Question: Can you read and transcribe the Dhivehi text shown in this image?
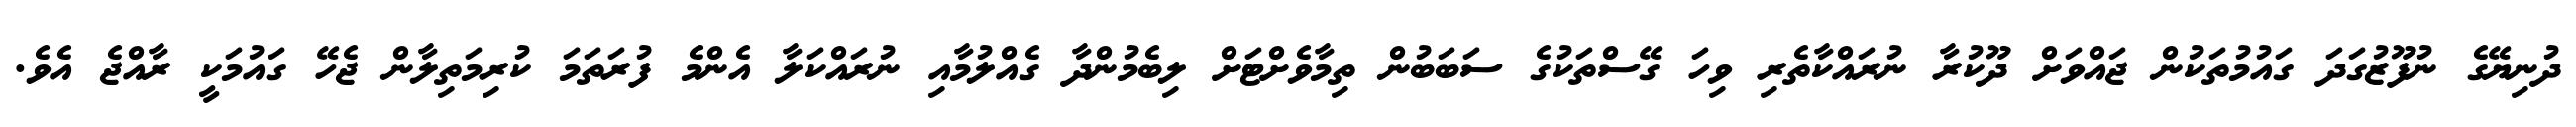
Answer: ދުނިޔޭގެ ނުފޫޒުގަދަ ގައުމުތަކުން ޖައްވަށް ދޫކުރާ ނުރައްކާތެރި ވިހަ ގޭސްތަކުގެ ސަބަބުން ތިމާވެށްޓަށް ލިބެމުންދާ ގެއްލުމާއި ނުރައްކަލާ އެންމެ ފުރަތަމަ ކުރިމަތިލާން ޖެހޭ ގައުމަކީ ރާއްޖެ އެވެ.